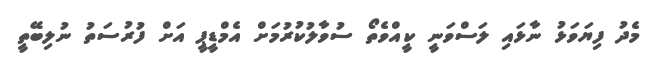
މެދު ފިޔަވަޅު ނާޅައި ލަސްވަނީ ކީއްވެތޯ ސުވާލުކުރުމަށް އެމްޑީޕީ އަށް ފުރުސަތު ނުލިބޭތީ